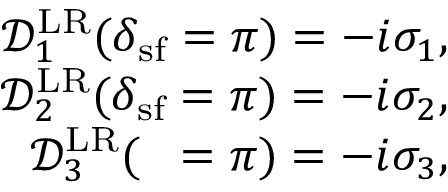
\begin{array} { r } { \mathcal { D } _ { 1 } ^ { \mathrm { L R } } ( \delta _ { \mathrm { s f } } = \pi ) = - i \sigma _ { 1 } , } \\ { \mathcal { D } _ { 2 } ^ { \mathrm { L R } } ( \delta _ { \mathrm { s f } } = \pi ) = - i \sigma _ { 2 } , } \\ { \mathcal { D } _ { 3 } ^ { \mathrm { L R } } ( { \it \Delta \phi } = \pi ) = - i \sigma _ { 3 } , } \end{array}